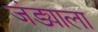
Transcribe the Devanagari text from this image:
जंड्याला